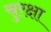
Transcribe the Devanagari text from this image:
स्रुरक्षा